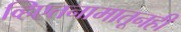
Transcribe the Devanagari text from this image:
व्हिएतनामातूनही